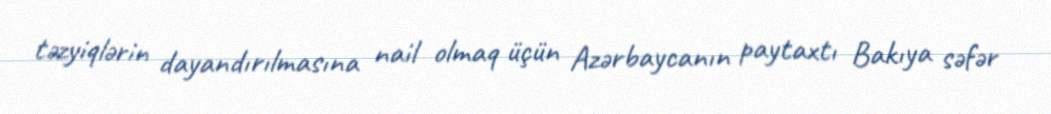
təzyiqlərin dayandırılmasına nail olmaq üçün Azərbaycanın paytaxtı Bakıya səfər